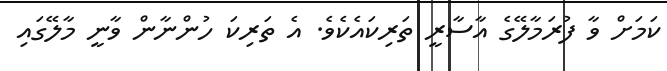
ކަމަށް ވާ ފުރަމާލޭގެ އާސާރީ ތަރިކައެކެވެ. އެ ތަރިކަ ހުންނާން ވާނީ މާލޭގައި